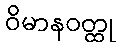
ဝိမာနဝတ္ထု